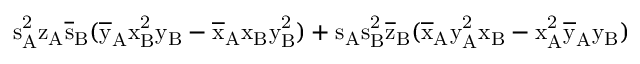
\mathrm { s _ { A } ^ { 2 } \mathrm { z _ { A } \mathrm { \overline { { s } } _ { B } ( \mathrm { \overline { { y } } _ { A } \mathrm { x _ { B } ^ { 2 } \mathrm { y _ { B } - \mathrm { \overline { { x } } _ { A } \mathrm { x _ { B } \mathrm { y _ { B } ^ { 2 } ) + \mathrm { s _ { A } \mathrm { s _ { B } ^ { 2 } \mathrm { \overline { { z } } _ { B } ( \mathrm { \overline { { x } } _ { A } \mathrm { y _ { A } ^ { 2 } \mathrm { x _ { B } - \mathrm { x _ { A } ^ { 2 } \mathrm { \overline { { y } } _ { A } \mathrm { y _ { B } ) } } } } } } } } } } } } } } } } } }